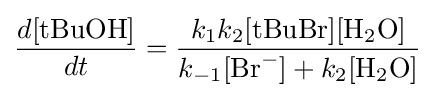
{\frac {d[{\text{tBuOH}}]}{dt}}={\frac {k_{1}k_{2}[{\text{tBuBr}}][{\text{H}}_{2}{\text{O}}]}{k_{-1}[{\text{Br}}^{-}]+k_{2}[{\text{H}}_{2}{\text{O}}]}}